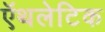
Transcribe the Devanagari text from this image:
ऍथलेटिक